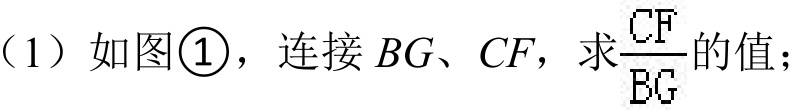
（1）如图\textcircled{1}，连接\(BG\)、\(CF\)，求\(\frac{CF}{BG}\)的值；